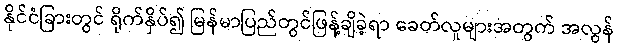
နိုင်ငံခြားတွင် ရိုက်နှိပ်၍ မြန်မာပြည်တွင်ဖြန့်ချိခဲ့ရာ ခေတ်လူများအတွက် အလွန်